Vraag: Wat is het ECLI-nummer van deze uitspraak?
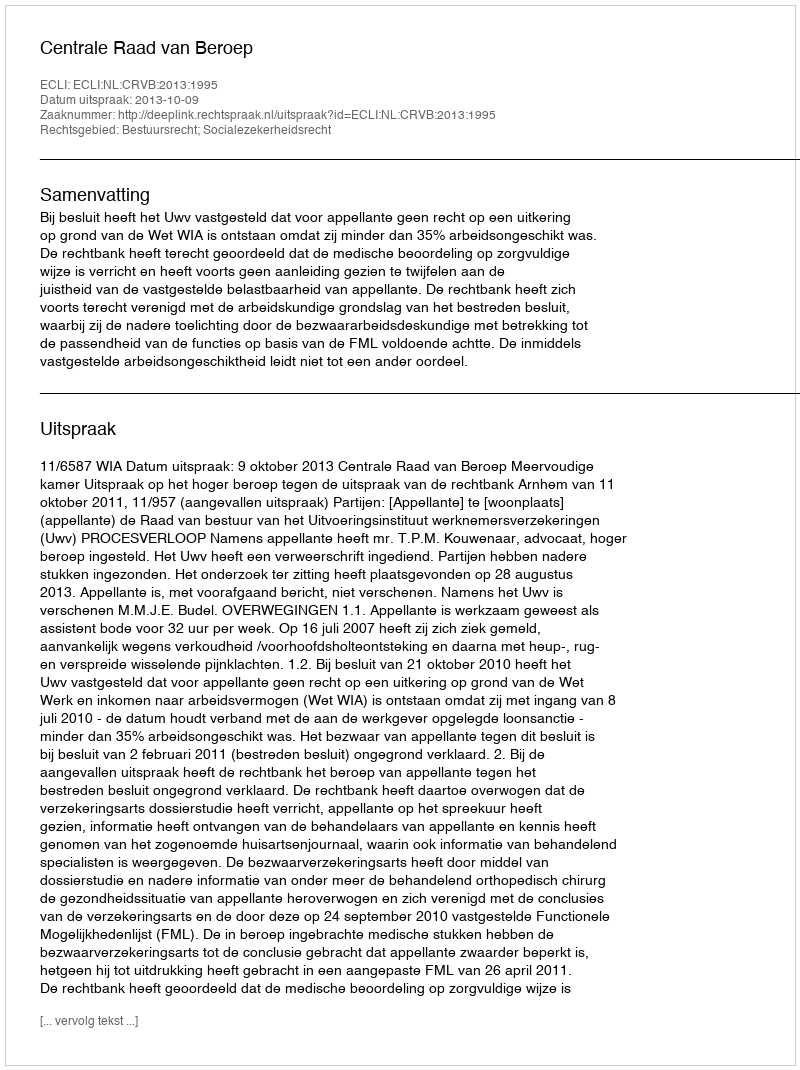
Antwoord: ECLI:NL:CRVB:2013:1995